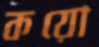
কয়ো